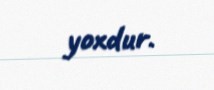
yoxdur.